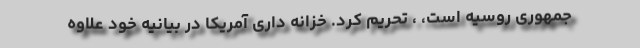
جمهوری روسیه است، ، تحریم کرد. خزانه داری آمریکا در بیانیه خود علاوه